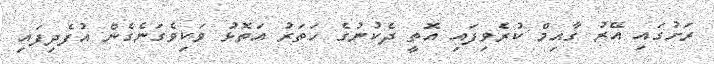
ރަށުގައި އޭރު ގާއިމް ކުރެވިފައި އޮތީ ދެކުނުގެ ހަތަރު އަތޮޅު ވަކިވެގަނެގެން އުފެދިފައި